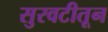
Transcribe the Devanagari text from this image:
सुरवटीतून